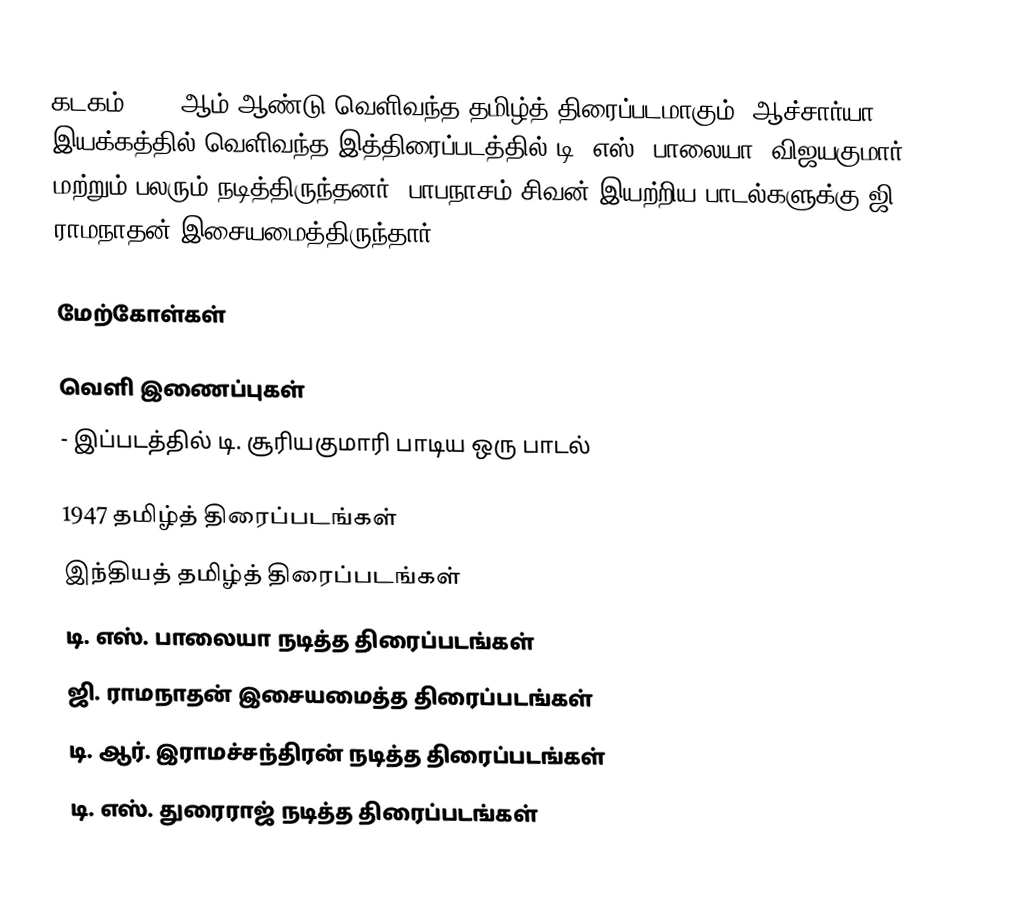
கடகம் 1947 ஆம் ஆண்டு வெளிவந்த தமிழ்த் திரைப்படமாகும். ஆச்சார்யா இயக்கத்தில் வெளிவந்த இத்திரைப்படத்தில் டி. எஸ். பாலையா, விஜயகுமார் மற்றும் பலரும் நடித்திருந்தனர். பாபநாசம் சிவன் இயற்றிய பாடல்களுக்கு ஜி. ராமநாதன் இசையமைத்திருந்தார்.

மேற்கோள்கள்

வெளி இணைப்புகள்
 - இப்படத்தில் டி. சூரியகுமாரி பாடிய ஒரு பாடல்

1947 தமிழ்த் திரைப்படங்கள்
இந்தியத் தமிழ்த் திரைப்படங்கள்
டி. எஸ். பாலையா நடித்த திரைப்படங்கள்
ஜி. ராமநாதன் இசையமைத்த திரைப்படங்கள்
டி. ஆர். இராமச்சந்திரன் நடித்த திரைப்படங்கள்
டி. எஸ். துரைராஜ் நடித்த திரைப்படங்கள்